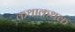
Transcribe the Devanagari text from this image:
कथाकथक